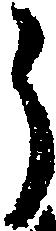
う